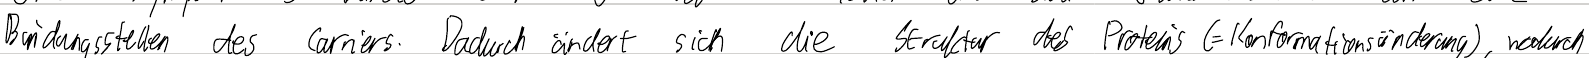
Bindungsstellen des Carriers. Dadurch ändert sich die Struktur des Proteins (= Konformationsänderung), wodurch